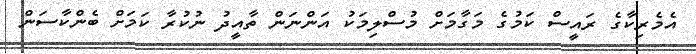
އެމެރިކާގެ ރައީސް ކަމުގެ މަގާމަށް މުސްލިމަކު އަންނަން ތާއީދު ނުކުރާ ކަމަށް ބެންކާސަން